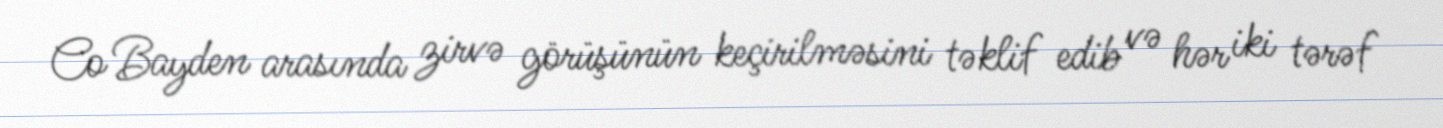
Co Bayden arasında zirvə görüşünün keçirilməsini təklif edib və hər iki tərəf